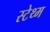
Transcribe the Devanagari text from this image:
स्टेथ्म